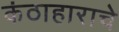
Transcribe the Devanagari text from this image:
कंठाहाराचे